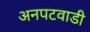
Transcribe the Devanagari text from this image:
अनपटवाडी